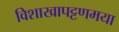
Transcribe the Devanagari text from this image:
विशाखापट्टणमया